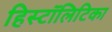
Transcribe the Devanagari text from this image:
हिस्टॉलिटिका